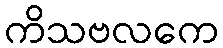
ကိသဗလကေ